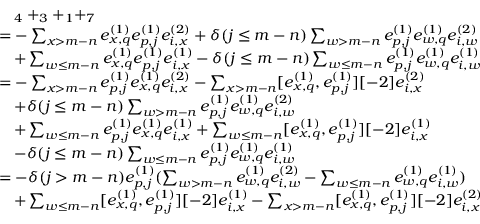
\begin{array} { r l } & { \quad _ { 4 } + _ { 3 } + _ { 1 } + _ { 7 } } \\ & { = - \sum _ { x > m - n } e _ { x , q } ^ { ( 1 ) } e _ { p , j } ^ { ( 1 ) } e _ { i , x } ^ { ( 2 ) } + \delta ( j \leq m - n ) \sum _ { w > m - n } e _ { p , j } ^ { ( 1 ) } e _ { w , q } ^ { ( 1 ) } e _ { i , w } ^ { ( 2 ) } } \\ & { \quad + \sum _ { \substack { w \leq m - n } } e _ { x , q } ^ { ( 1 ) } e _ { p , j } ^ { ( 1 ) } e _ { i , x } ^ { ( 1 ) } - \delta ( j \leq m - n ) \sum _ { w \leq m - n } e _ { p , j } ^ { ( 1 ) } e _ { w , q } ^ { ( 1 ) } e _ { i , w } ^ { ( 1 ) } } \\ & { = - \sum _ { x > m - n } e _ { p , j } ^ { ( 1 ) } e _ { x , q } ^ { ( 1 ) } e _ { i , x } ^ { ( 2 ) } - \sum _ { x > m - n } [ e _ { x , q } ^ { ( 1 ) } , e _ { p , j } ^ { ( 1 ) } ] [ - 2 ] e _ { i , x } ^ { ( 2 ) } } \\ & { \quad + \delta ( j \leq m - n ) \sum _ { w > m - n } e _ { p , j } ^ { ( 1 ) } e _ { w , q } ^ { ( 1 ) } e _ { i , w } ^ { ( 2 ) } } \\ & { \quad + \sum _ { \substack { w \leq m - n } } e _ { p , j } ^ { ( 1 ) } e _ { x , q } ^ { ( 1 ) } e _ { i , x } ^ { ( 1 ) } + \sum _ { \substack { w \leq m - n } } [ e _ { x , q } ^ { ( 1 ) } , e _ { p , j } ^ { ( 1 ) } ] [ - 2 ] e _ { i , x } ^ { ( 1 ) } } \\ & { \quad - \delta ( j \leq m - n ) \sum _ { w \leq m - n } e _ { p , j } ^ { ( 1 ) } e _ { w , q } ^ { ( 1 ) } e _ { i , w } ^ { ( 1 ) } } \\ & { = - \delta ( j > m - n ) e _ { p , j } ^ { ( 1 ) } ( \sum _ { w > m - n } e _ { w , q } ^ { ( 1 ) } e _ { i , w } ^ { ( 2 ) } - \sum _ { w \leq m - n } e _ { w , q } ^ { ( 1 ) } e _ { i , w } ^ { ( 1 ) } ) } \\ & { \quad + \sum _ { \substack { w \leq m - n } } [ e _ { x , q } ^ { ( 1 ) } , e _ { p , j } ^ { ( 1 ) } ] [ - 2 ] e _ { i , x } ^ { ( 1 ) } - \sum _ { x > m - n } [ e _ { x , q } ^ { ( 1 ) } , e _ { p , j } ^ { ( 1 ) } ] [ - 2 ] e _ { i , x } ^ { ( 2 ) } } \end{array}